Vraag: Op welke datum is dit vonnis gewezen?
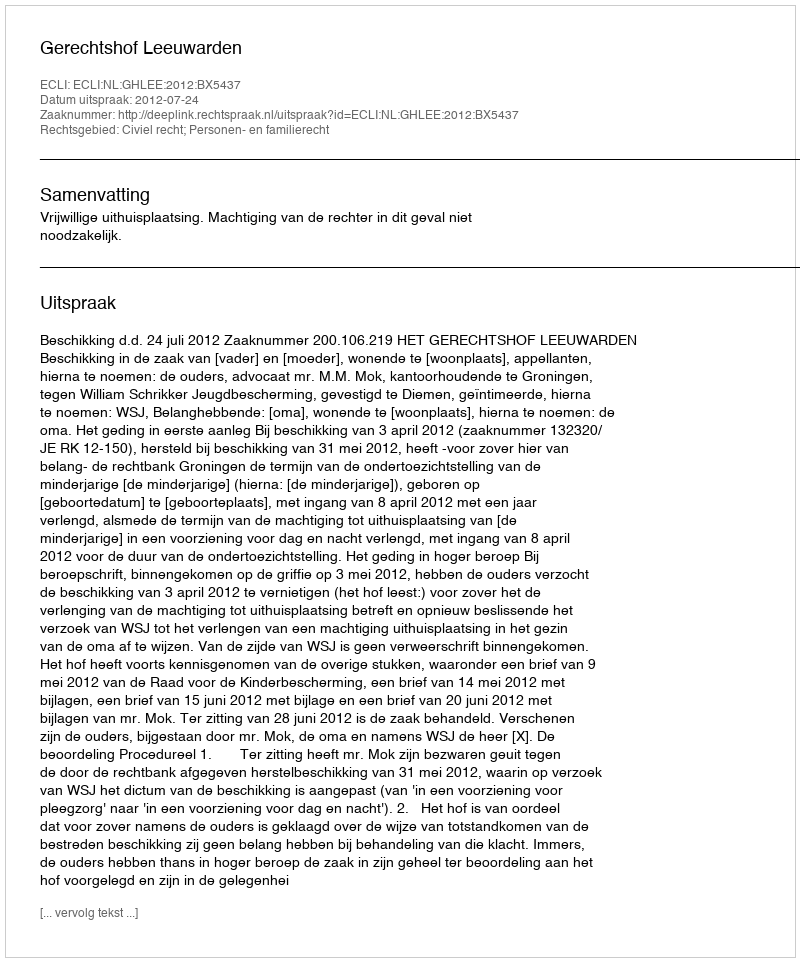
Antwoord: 2012-07-24